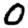
Digit: 0